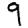
Digit: 9